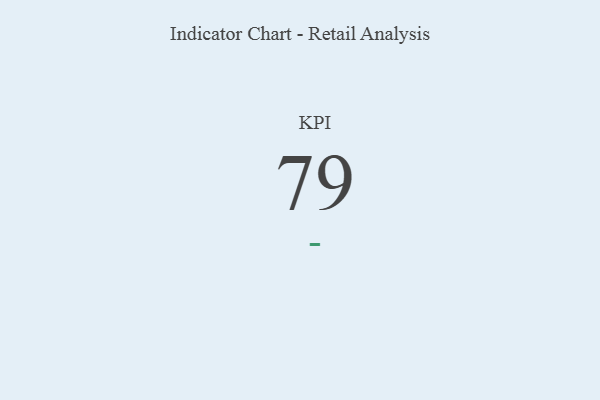
{"axis": {"x": "KPI", "y": "Value"}, "legend": [""], "data": [{"x": "KPI", "y": 79, "type": ""}]}